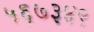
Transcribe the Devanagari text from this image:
५६७३४९